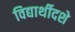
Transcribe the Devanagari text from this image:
विद्यार्थीदशे